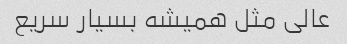
عالی مثل همیشه بسیار سریع